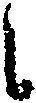
之